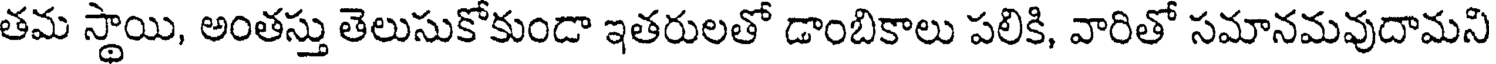
తమ స్థాయి, అంతస్తు తెలుసుకోకుండా ఇతరులతో డాంబికాలు పలికి, వారితో సమానమవుదామని